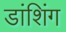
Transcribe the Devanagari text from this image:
डांशिंग